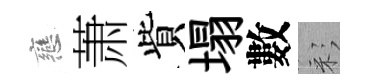
戀萧貲塌數彩